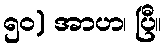
၅၀) အာဟ၊ ပြီ။